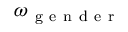
\omega _ { \mathrm { ~ g ~ e ~ n ~ d ~ e ~ r ~ } }